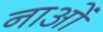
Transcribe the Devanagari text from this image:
नाओं